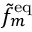
\tilde { f } _ { m } ^ { \mathrm { { e q } } }